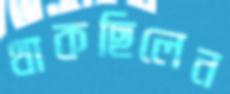
থাকছিলেন